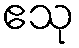
ဧသု